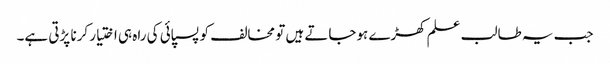
جب یہ طالب علم کھڑے ہوجاتے ہیں تو مخالف کو پسپائی کی راہ ہی اختیار کرنا پڑتی ہے۔